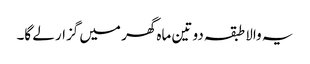
یہ والا طبقہ دو تین ماہ گھر میں گزار لے گا۔